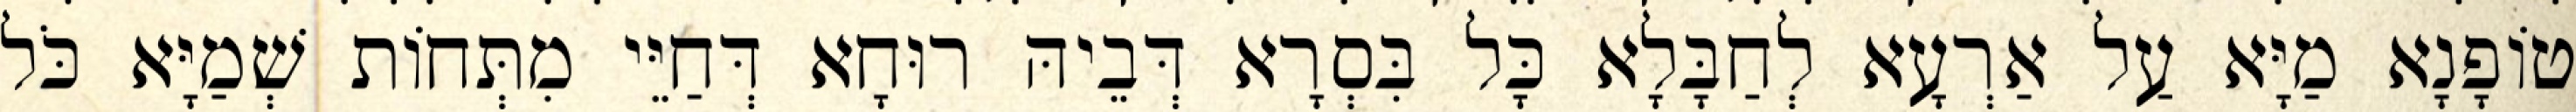
טוֹפָנָא מַיָּא עַל אַרְעָא לְחַבָּלָא כָּל בִּסְרָא דְּבֵיהּ רוּחָא דְּחַיֵּי מִתְּחוֹת שְׁמַיָּא כֹּל